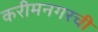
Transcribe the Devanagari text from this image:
करीमनगरची